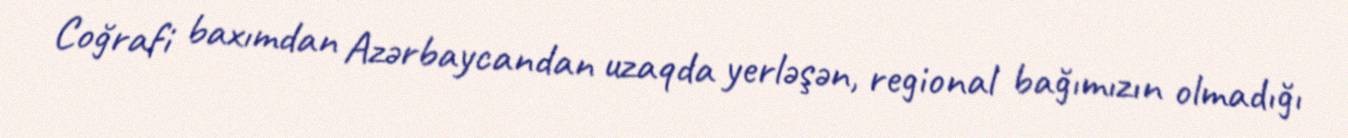
Coğrafi baxımdan Azərbaycandan uzaqda yerləşən, regional bağımızın olmadığı